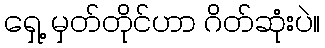
ရှေ့ မှတ်တိုင်ဟာ ဂိတ်ဆုံးပဲ။